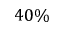
4 0 \%